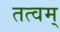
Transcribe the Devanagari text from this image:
तत्वम्